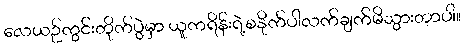
လေယဉ်ကွင်းတိုက်ပွဲမှာ ယူကရိန်းရဲ့စနိုက်ပါလက်ချက်မိသွားတာပါ။